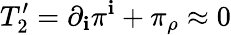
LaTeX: T_{2}^{\prime}=\partial_{\mathbf{i}}\pi^{\mathbf{i}}+\pi_{\rho}\approx0